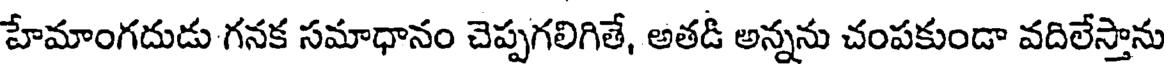
హేమాంగదుడు గనక సమాధానం చెప్పగలిగితే, అతడీ అన్నను చంపకుండా వదిలేస్తాను